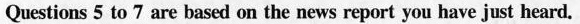
Questions 5 to 7 are based on the news report you have just heard.